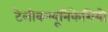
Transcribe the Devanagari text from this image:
टेलीकम्यूनिकेशियो